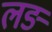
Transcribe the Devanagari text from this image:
लङ